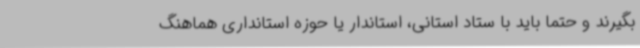
بگیرند و حتما باید با ستاد استانی، استاندار یا حوزه استانداری هماهنگ